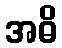
အဓိ